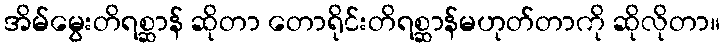
အိမ်မွေးတိရစ္ဆာန် ဆိုတာ တောရိုင်းတိရစ္ဆာန်မဟုတ်တာကို ဆိုလိုတာ။